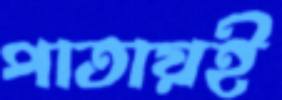
পাতায়ই